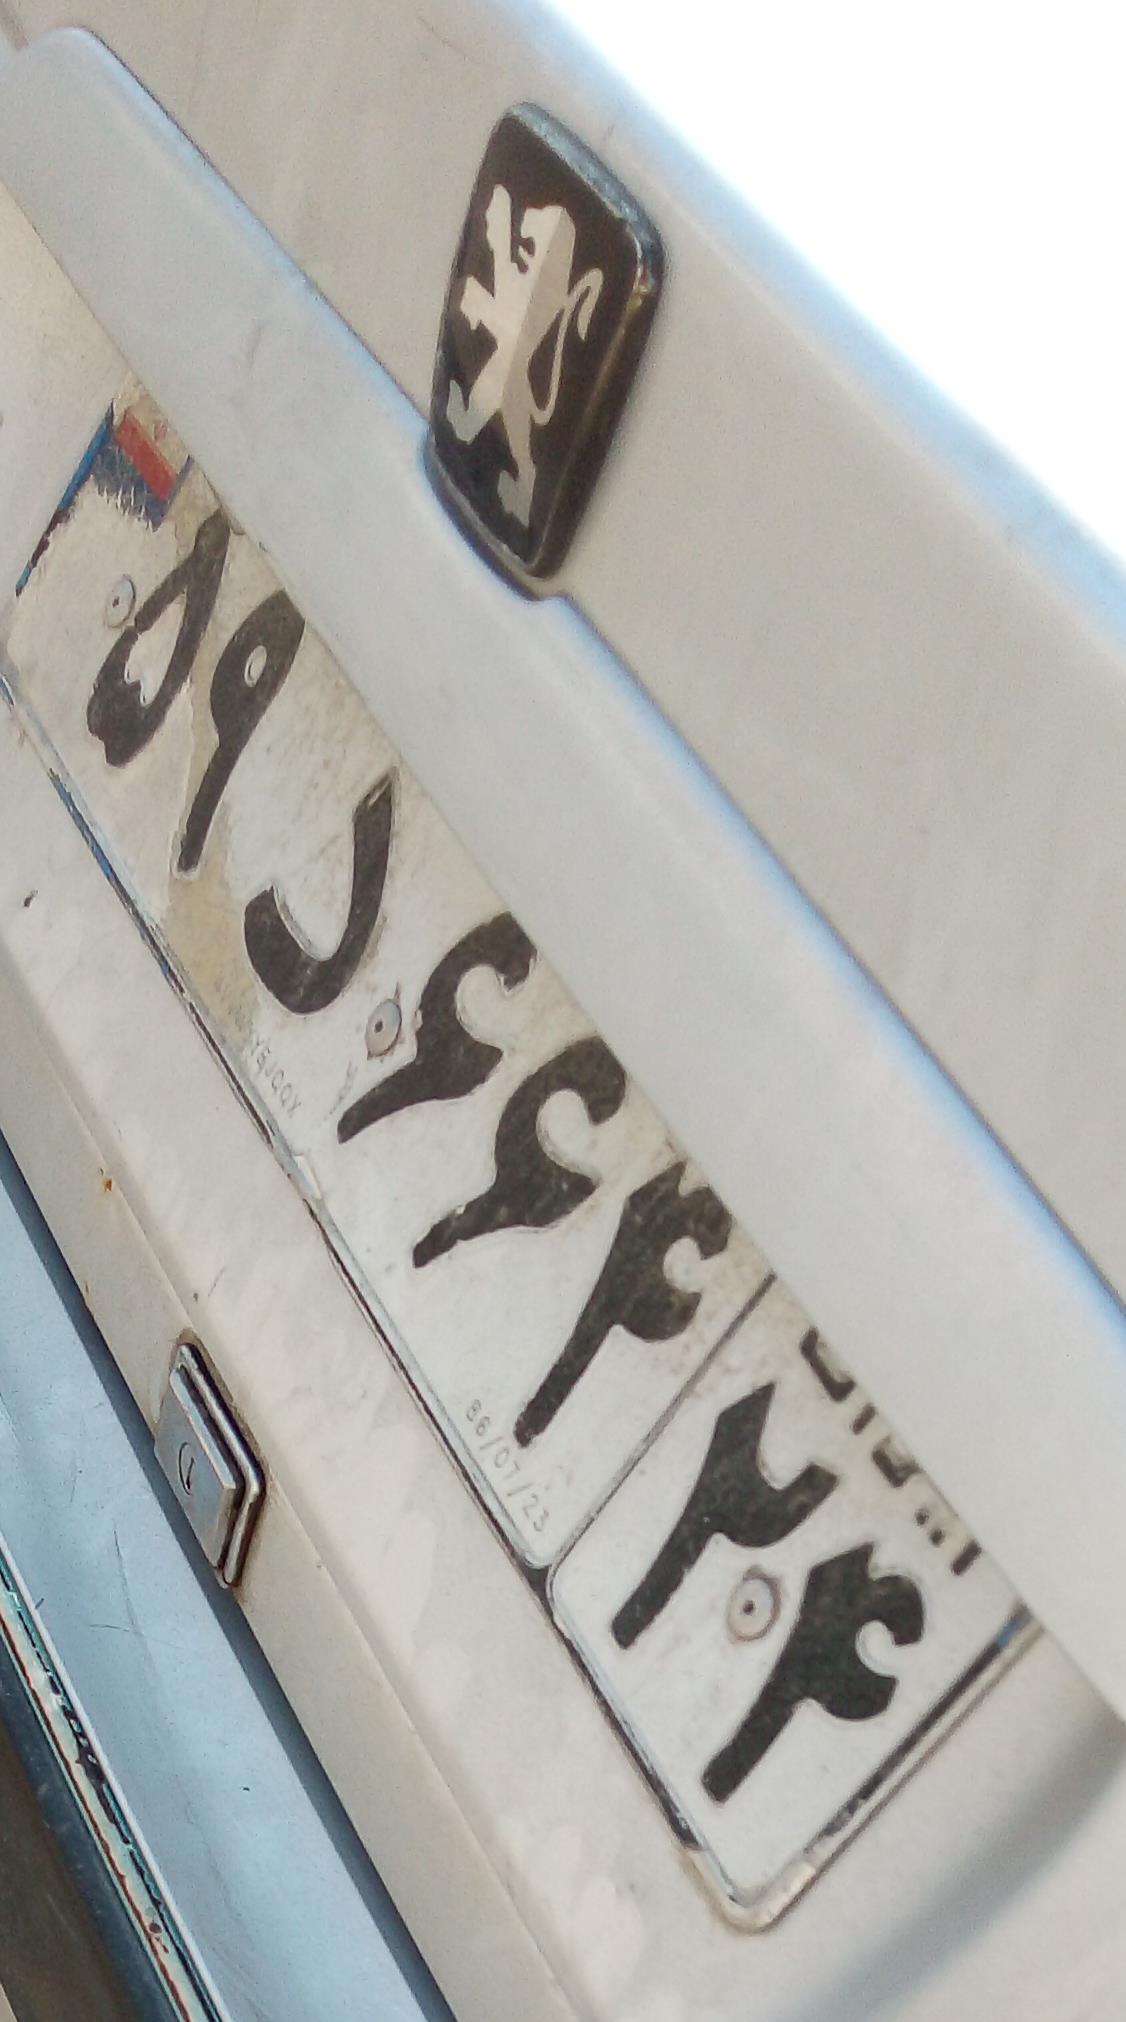
۵۹د۶۶۴۲۴